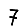
Digit: 7